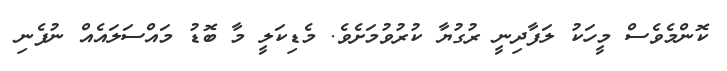
ކޮންމެވެސް މީހަކު ލަފާދިނީ ރުގުޔާ ކުރުވުމަށެވެ. މެޑިކަލީ މާ ބޮޑު މައްސަލައެއް ނުފެނި